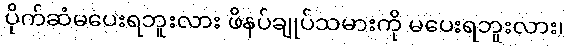
ပိုက်ဆံမပေးရဘူးလား ဖိနပ်ချုပ်သမားကို မပေးရဘူးလား၊